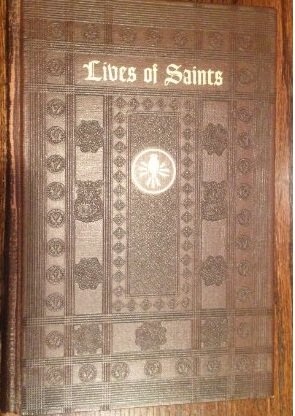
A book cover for Lives of the Saints: With Excerpts from their Writings; Religion & Spirituality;